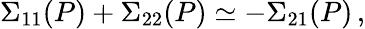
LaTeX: \Sigma_{11}(P)+\Sigma_{22}(P)\simeq-\Sigma_{21}(P)\, ,